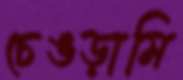
চেঙড়ামি